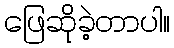
ဖြေဆိုခဲ့တာပါ။